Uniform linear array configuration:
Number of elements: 48
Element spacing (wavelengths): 1
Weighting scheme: uniform
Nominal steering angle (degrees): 15
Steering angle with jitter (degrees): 16.736
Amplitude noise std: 0.05
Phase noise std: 0.05

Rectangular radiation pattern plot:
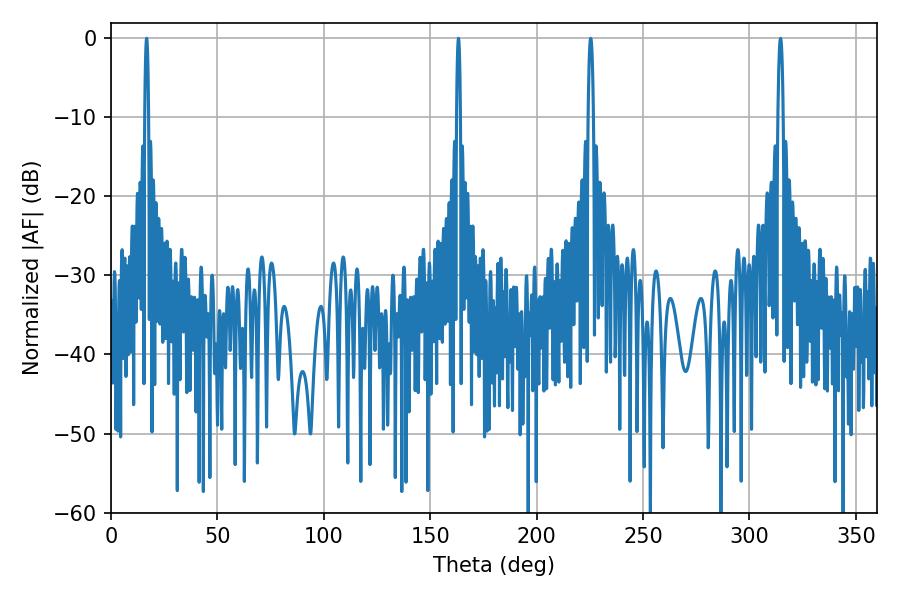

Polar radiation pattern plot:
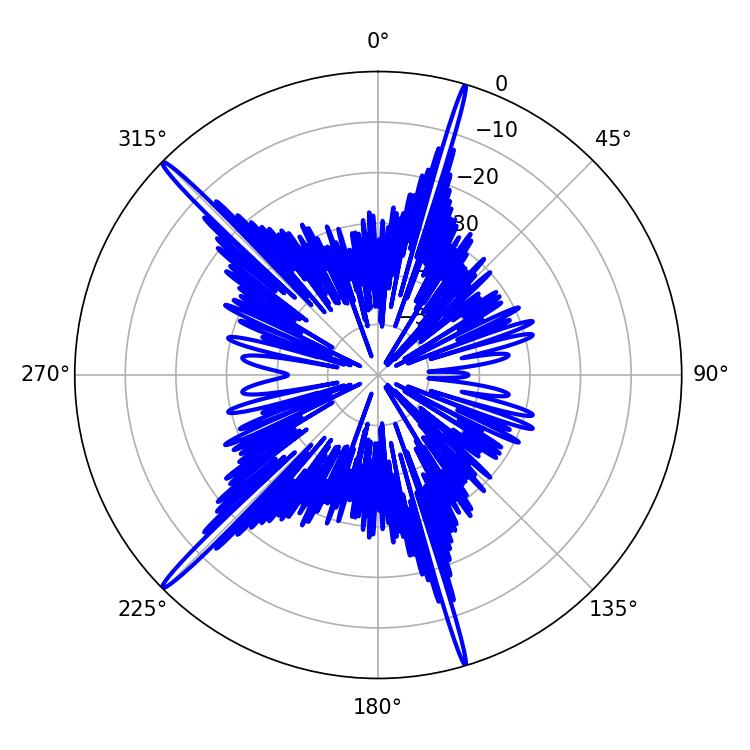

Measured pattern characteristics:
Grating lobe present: TRUE
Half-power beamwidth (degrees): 1.08
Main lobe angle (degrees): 16.74